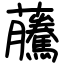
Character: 虅